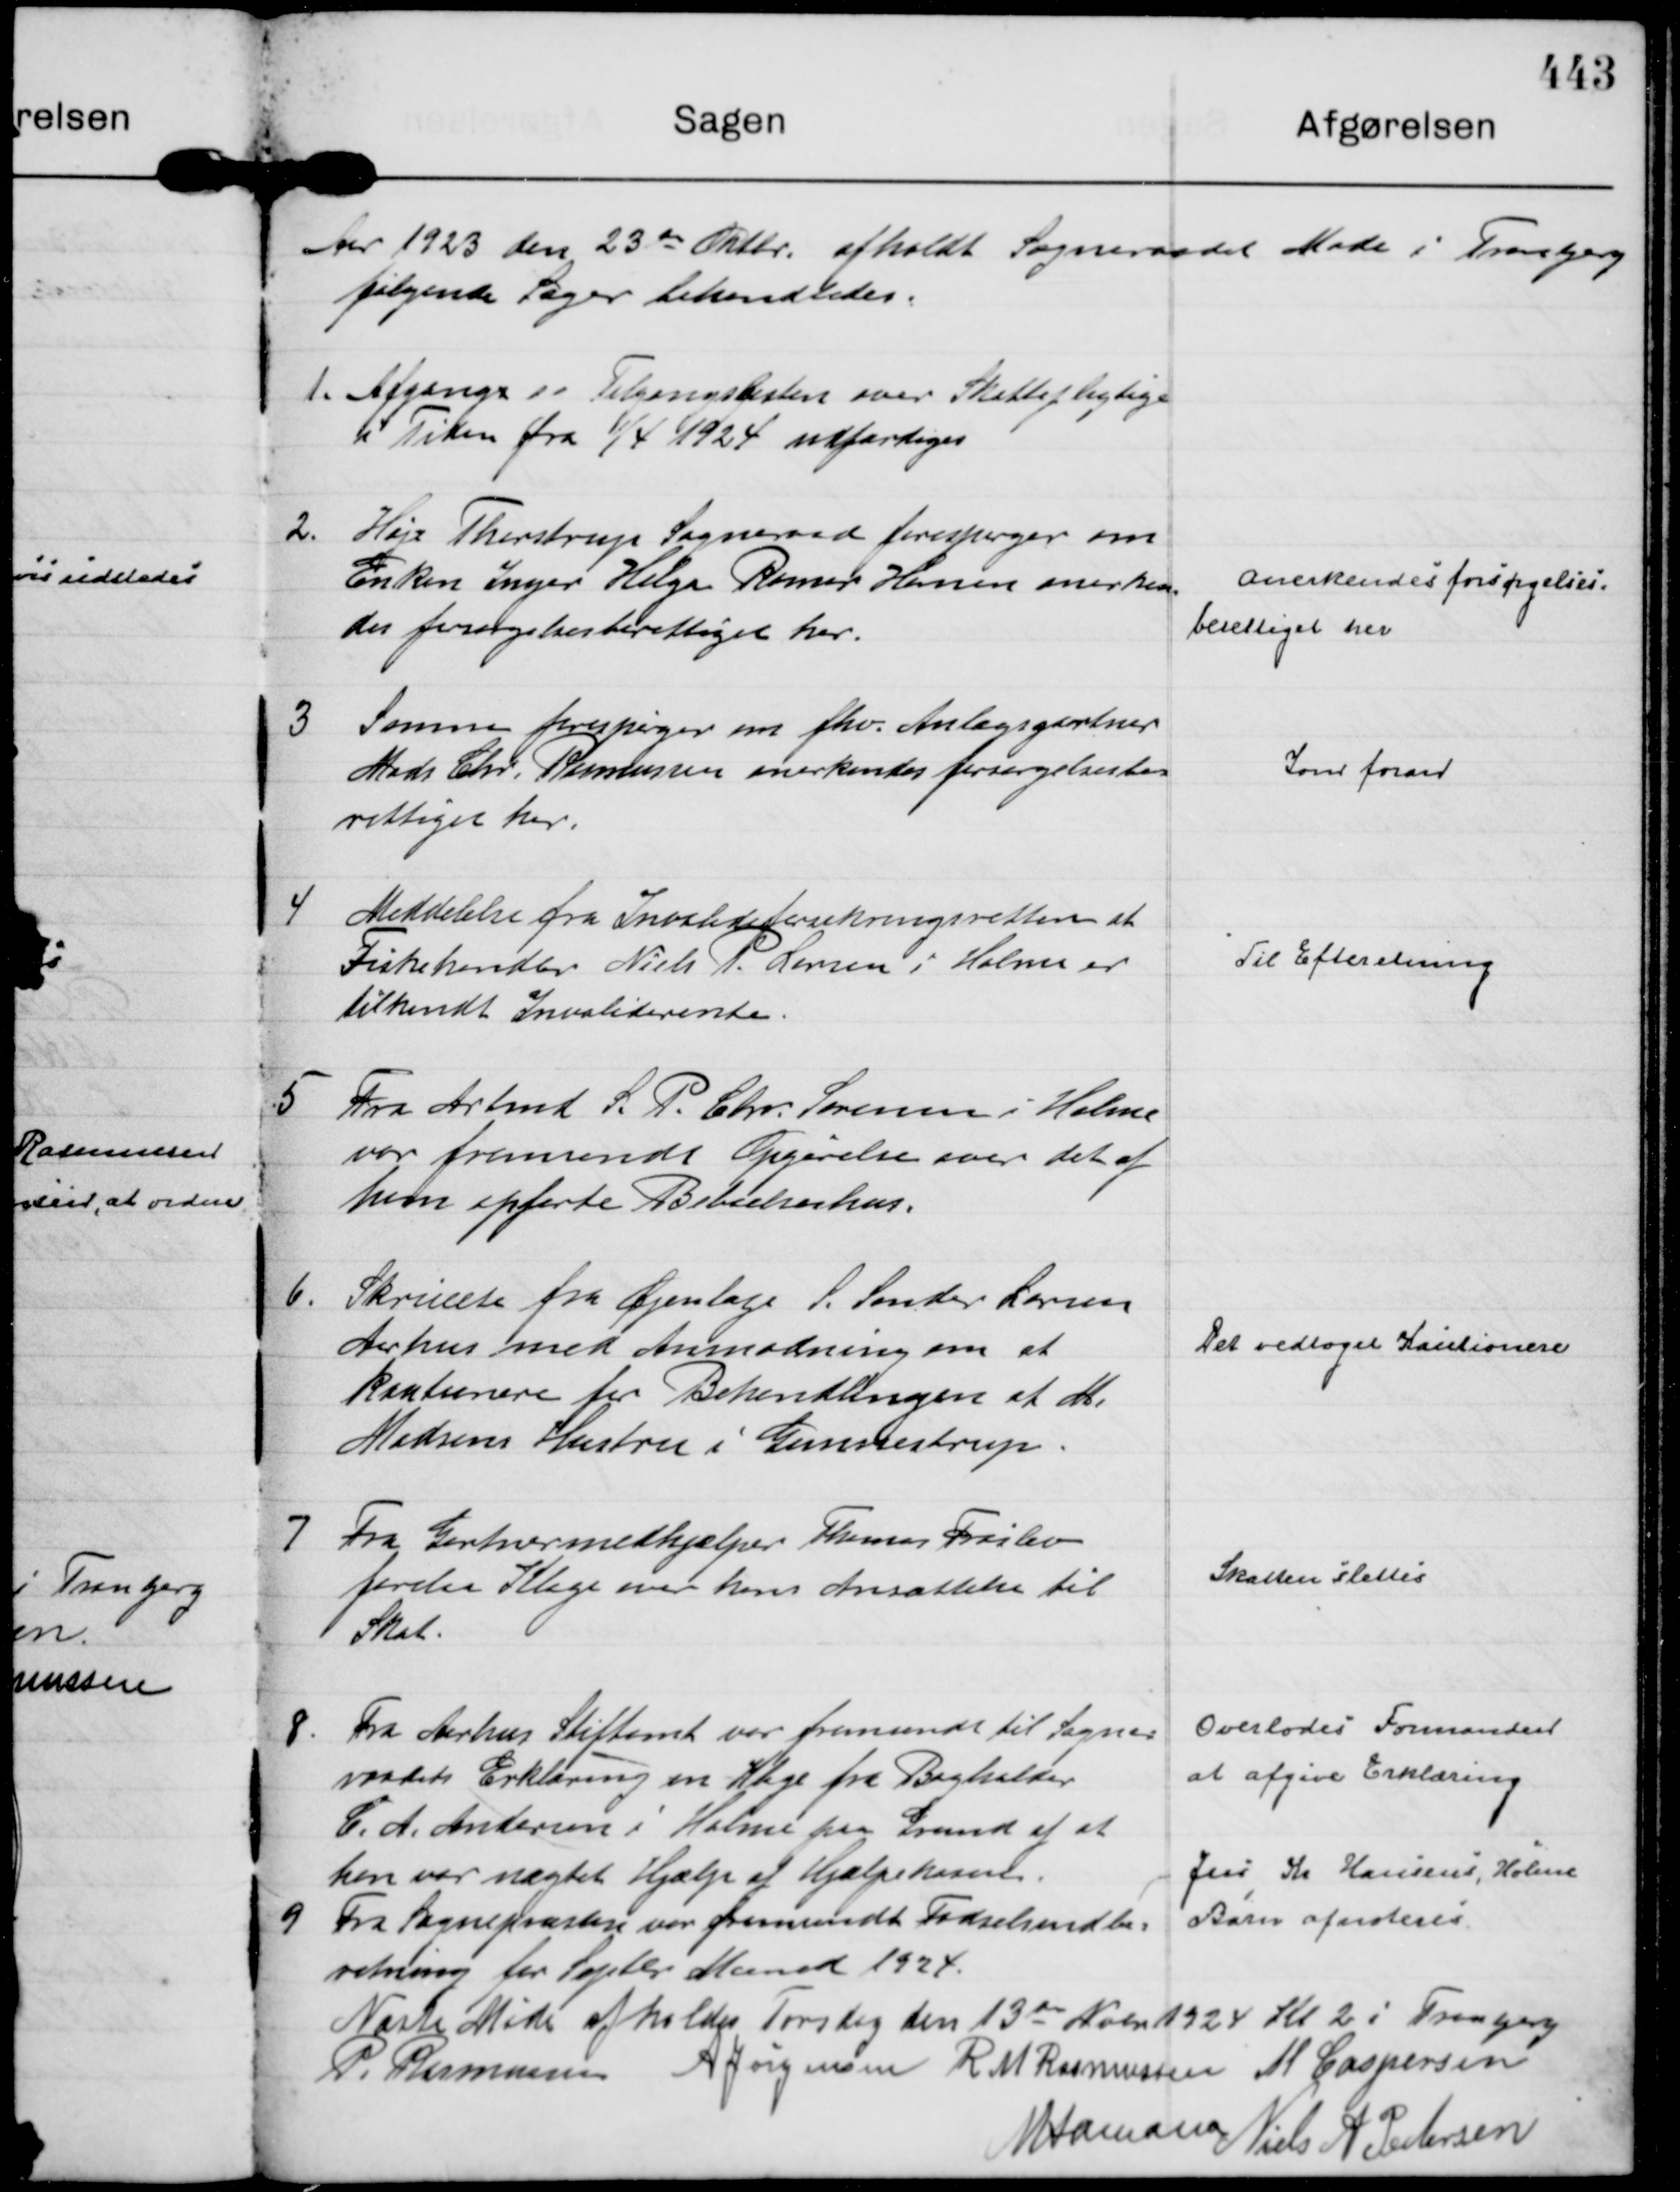
Transskription:
Aar 1923 den 23 de Oktbr. afholdt Sogneraadet Møde i Tranbjerg
følgende Sager behandledes:

1.
Afgangs " Tilgangslisten over Skattepligtige
i Tiden fra 1/4 1924 udfærdiges

2.
Høje Thirstrup Sogneraad forespørger om
Enken Inger Helga Rømer Hansen anerken=
des forsørgelsesberettiget her.

Anerkendes forsørgelses=
berettiget her

3
Samme forespørger om fhv. Anlægsgartner
Mads Chr. Rasmussen anerkendes forsørgelsesbe=
rettiget her.

Som foran

4
Meddelelse fra Invalideforsikringsretten at
Fiskehandler Niels P. Larsen i Holme er
tilkendt Invaliderente.

Til Efteretning

5
Fra Arbmd S. P. Chr. Sørensen i Holme
var fremsendt Opgørelse over det af
ham opførte Beboelseshus.

6.
Skrivelse fra Øjenlæge S. Sander Larsen 
Aarhus med Anmodning om at
kautionere for Behandlingen af M.
Madsens Hustru i Gunnestrup.

Det vedtoges Kautionere

7
Fra Gartnermedhjælper Thomas Frøslev
forelaa Klage over hans Ansættelse til
Skat.

Skatten slettes

8.
Fra Aarhus Stiftamt var fremsendt til Sogne=
raadets Erklæring en Klage fra Bogholder
C. A. Andersen i Holme paa Grund af at
han var nægtet Hjælp af Hjælpekassen.

Overlodes Formanden 
at afgive Erklæring

9
Fra Sognepræsten var fremsendt Fødselsindbe= 
retning for Septbr Maaned 1924.

Jens Kr. Hansens, Holme
Barn afnoteres.

Næste Møde afholdes Torsdag den 13 de Nobr 1924 Kl 2 i Tranbjerg
P. Rasmussen
A Jørgensen
R M Rasmussen
M Caspersen
N Hamann
Niels A Pedersen